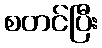
စတင်ပြီး